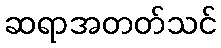
ဆရာအတတ်သင်